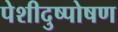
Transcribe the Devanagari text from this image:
पेशीदुष्पोषण